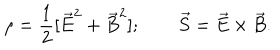
LaTeX: \rho = { \frac { 1 } { 2 } } [ \vec { E } ^ { 2 } + \vec { B } ^ { 2 } ] ; \qquad \vec { S } = \vec { E } \times \vec { B } .